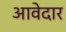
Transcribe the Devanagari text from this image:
आवेदार